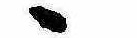
ゝ